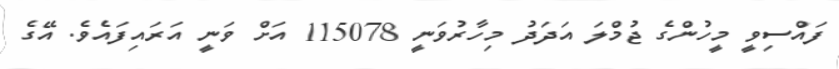
ފައްސިވީ މީހުންގެ ޖުމްލަ އަދަދު މިހާރުވަނީ 115078 އަށް ވަނީ އަރައިފައެވެ. އޭގެ